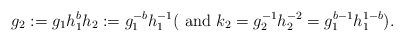
LaTeX: \begin{align*}g_2:=g_1h_1^{b}h_2:=g_1^{-b}h_1^{-1}(\mbox{ and } k_2=g_2^{-1}h_2^{-2}=g_1^{b-1}h_1^{1-b}).\end{align*}